Report of the Municipal Commissioner on the plague in Bombay for the year ending 31st May... - Volume 3
Disease focus: Plague
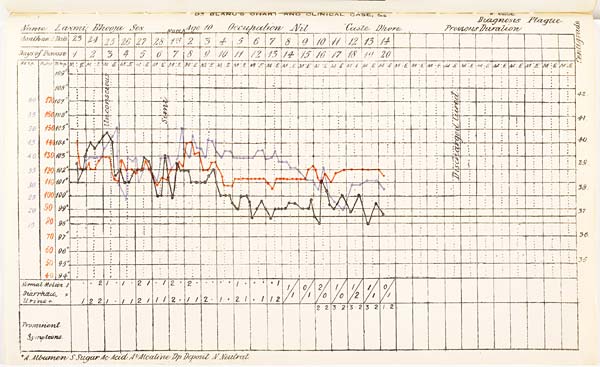
DR. BLANC'S CHART AND CLINICAL CASE, &c.
Diagnosis Plague
Name
Sex
Age
Occupation
Caste
Previous
Duration
+A. Albumen S. Sugar Ac. Acid Al. Alcatine Dp. Deposit N. Neutral